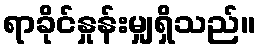
ရာခိုင်နှုန်းမျှရှိသည်။